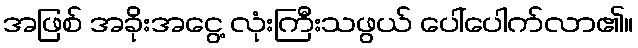
အဖြစ် အခိုးအငွေ့ လုံးကြီးသဖွယ် ပေါ်ပေါက်လာ၏။